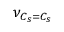
\nu _ { C _ { s } = C _ { s } }